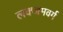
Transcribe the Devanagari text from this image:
लक्जमवर्ग